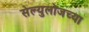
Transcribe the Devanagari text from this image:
सेल्युलोजच्या